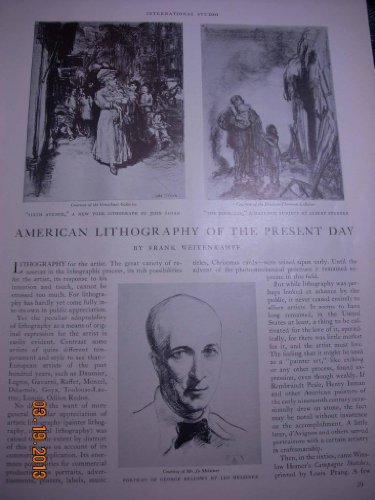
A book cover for Article: American Lithography of the Present Day; Frank Weitenkampf; Arts & Photography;